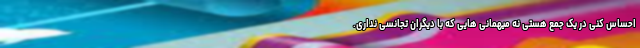
احساس کنی در یک جمع هستی نه میهمانی هایی که با دیگران تجانسی نداری.